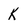
Character: k